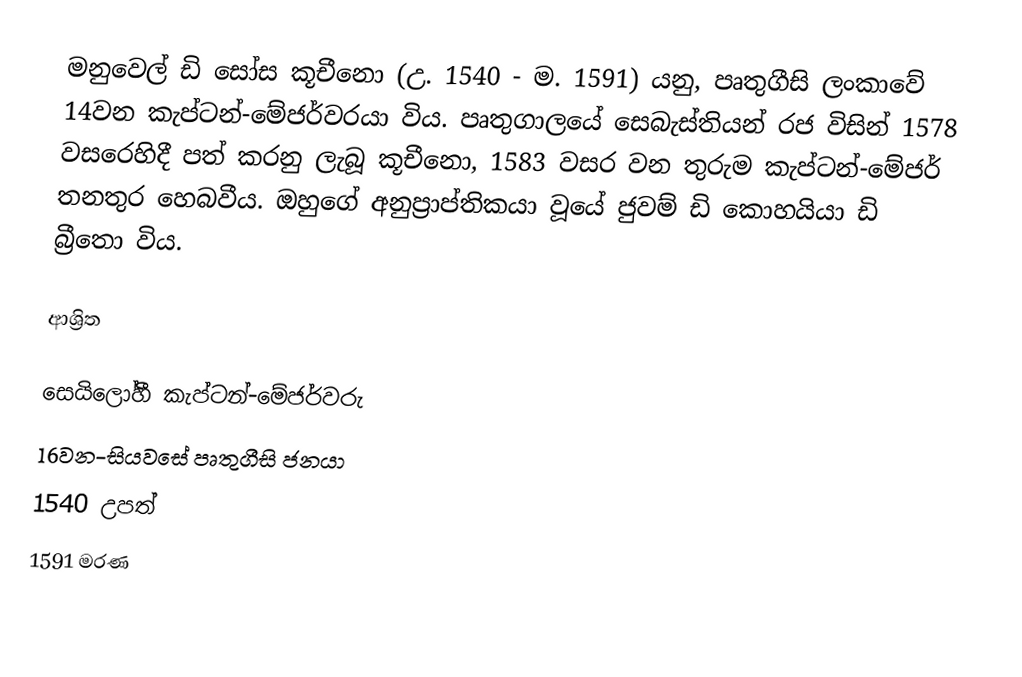
මනුවෙල් ඩි සෝස කූචීනො (උ. 1540 - ම. 1591) යනු, පෘතුගීසි ලංකාවේ 14වන  කැප්ටන්-මේජර්වරයා විය.   පෘතුගාලයේ සෙබැස්තියන් රජ විසින් 1578 වසරෙහිදී පත් කරනු ලැබූ කූචීනො, 1583 වසර වන තුරුම කැප්ටන්-මේජර් තනතුර හෙබවීය. ඔහුගේ අනුප්‍රාප්තිකයා වූයේ ජුවම් ඩි කොහයියා ඩි බ්‍රීතො විය.

ආශ්‍රිත

 සෙයිලෝහී කැප්ටන්-මේජර්වරු
16වන-සියවසේ පෘතුගීසි ජනයා
 1540 උපත්
1591 මරණ